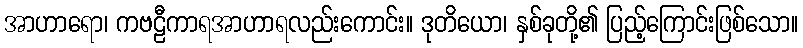
အာဟာရော၊ ကဗဠီကာရအာဟာရလည်းကောင်း။ ဒုတိယော၊ နှစ်ခုတို့၏ ပြည့်ကြောင်းဖြစ်သော။